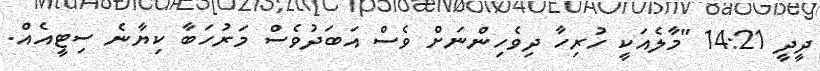
ދީދީ 14:21 "މާލެއަކީ ހުރިހާ ދިވެހިންނަށް ވެސް އަބަދުވެސް މަރުހަބާ ކިޔާނެ ސިޓީއެއް.